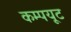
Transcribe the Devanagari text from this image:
कम्पयूट